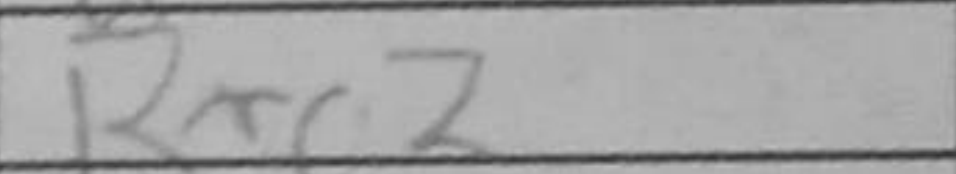
Transcription: Rxc2